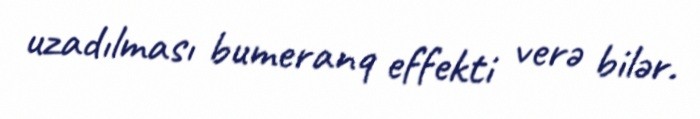
uzadılması bumeranq effekti verə bilər.